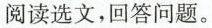
阅读选文，回答问题。